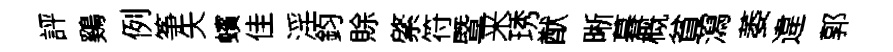
評鷄例筝矢蠙佳淫鈞賖綮符暨来琇猷晰暮概貧瀉萎違郭